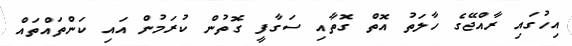
އިހުގައި ރާއްޖޭގެ ހާލަތު އޮތް ގޮތާއި ސަގާފީ ގޮތުން ކުރަމުން އައި ކަންތައްތައް